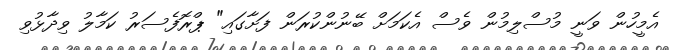
އެމީހުން ވަނީ މުސްލިމުން ވެސް އެކަމަށް ބޭނުންކުރަން ފަށާގައި" ޕްރޮފެސަރު ކަމާލު ވިދާޅުވި